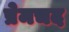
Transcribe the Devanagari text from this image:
प्रेमचद